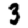
Digit: 3